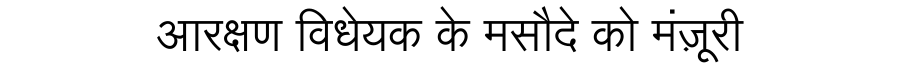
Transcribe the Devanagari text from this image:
आरक्षण विधेयक के मसौदे को मंज़ूरी